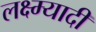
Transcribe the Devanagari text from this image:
लक्ष्म्यादी